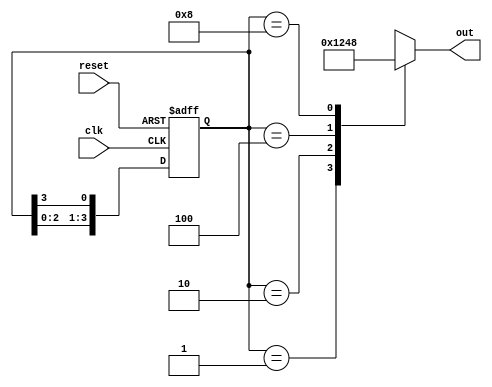
module johnson_counter(
    input clk,
    input reset,
    output reg [3:0] out
);

reg [3:0] state;

always @(posedge clk or posedge reset) begin
    if (reset) begin
        state <= 4'b0001;
    end else begin
        state <= {state[2:0], state[3]};
    end
end

always @* begin
    case(state)
        4'b0001: out = 4'b0001;
        4'b0010: out = 4'b0010;
        4'b0100: out = 4'b0100;
        4'b1000: out = 4'b1000;
        default: out = 4'bxxxx;
    endcase
end

endmodule